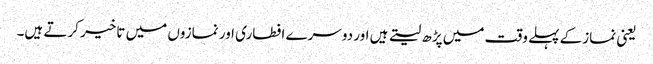
یعنی نمازکے پہلے وقت میں پڑھ لیتے ہیں اور دوسرے افطاری اور نمازوں میں تاخیر کرتے ہیں۔